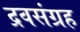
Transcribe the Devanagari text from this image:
द्रवसंग्रह